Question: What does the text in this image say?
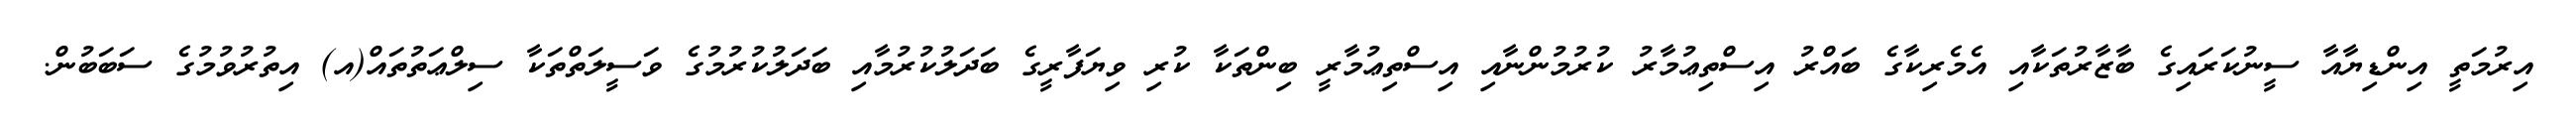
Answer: އިރުމަތީ އިންޑިޔާއާ ސީނުކަރައިގެ ބާޒާރުތަކާއި އެމެރިކާގެ ބައްރު އިސްތިޢުމާރު ކުރުމުންނާއި އިސްތިޢުމާރީ ބިންތަކާ ކުރި ވިޔަފާރީގެ ބަދަލުކުރުމާއި ބަދަލުކުރުމުގެ ވަސީލަތްތަކާ ސިލްޢަތުތައް(އ) އިތުރުވުމުގެ ސަބަބުން.